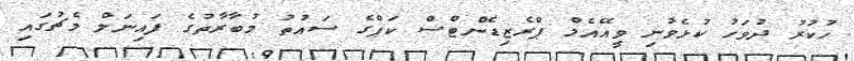
ހުކުރު ދުވަހު ކުޅެވުނި ވީއޭއެމް ޕްރެޒިޑެންޓްސް ކަޕްގެ ސައުތު މުބާރާތުގެ ފައިނަލް މެޗުގައި